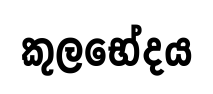
කුලභේදය